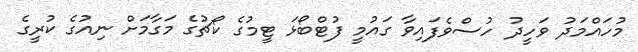
މުހައްމަދު ވަހީދު ހުސްވެފައިވާ ގައުމީ ފުޓްބޯޅަ ޓީމުގެ ކޯޗުގެ މަގާމަށް ނިއުގެ ކުރީގެ